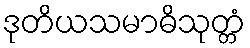
ဒုတိယသမာဓိသုတ္တံ